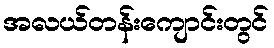
အလယ်တန်းကျောင်းတွင်